Report of the Municipal Commissioner on the plague in Bombay for the year ending 31st May... - Volume 2
Disease focus: Plague
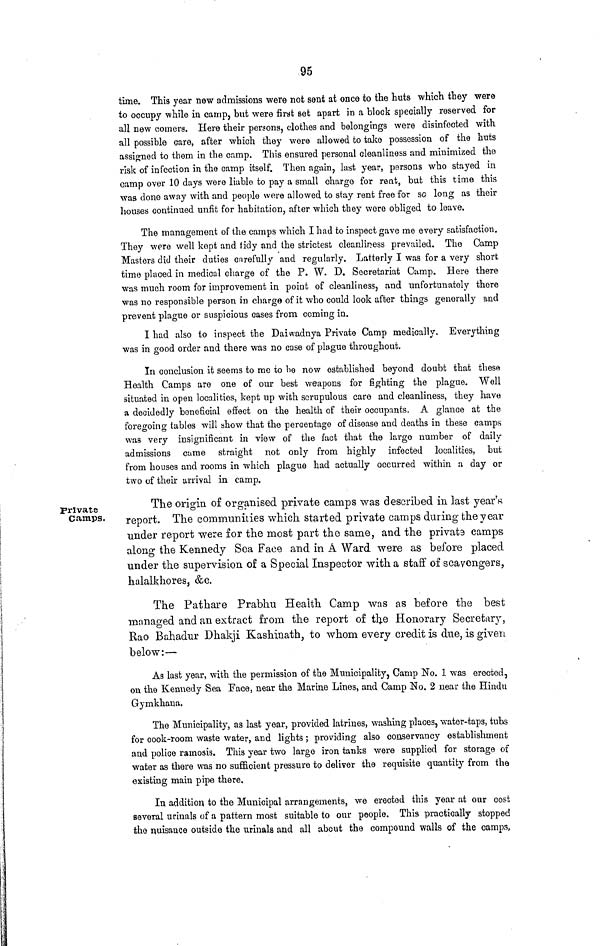
95
time. This year new admissions were not sent at once to the huts which they were
to occupy while in camp, but were first set apart in a block specially reserved for
all new comers. Here their persons, clothes and belongings were disinfected with
all possible care, after which they were allowed to take possession of the huts
assigned to them in the camp, This ensured personal cleanliness and minimized the
risk of infection in the camp itself. Then again, last year, persons who stayed in
camp over 10 days were liable to pay a small charge for rent, but this time this
was done away with and people were allowed to stay rent free for so long as their
houses continued unfit for habitation, after which they were obliged to leave.
The management of the camps which I had to inspect gave me every satisfaction.
They were well kept and tidy and the strictest cleanliness prevailed. The Camp
Masters did their duties carefully and regularly. Latterly I was for a very short
time placed in medical charge of the P. W. D. Secretariat Gump. Here there
was much room for improvement in point of cleanliness, and unfortunately there
was no responsible person in charge of it who could look after things generally and
prevent plague or suspicious cases from coming in.
I had also to inspect the Daiwadnya Private Camp medically. Everything
was in good order and there was no case of plague throughout.
In conclusion it seems to me to be now established beyond doubt that these
Health Camps are one of our best weapons for fighting the plague. Well
situated in open localities, kept up with scrupulous care and cleanliness, they have
a decidedly beneficial effect on the health of their occupants. A glance at the
foregoing tables will show that the percentage of disease and deaths in these camps
was very insignificant in view of the fact that the large number of daily
admissions cume straight not only from highly infected localities, but
from houses and rooms in which plague had actually occurred within a day or
two of their arrival in camp.
Private
Camps
The origin of organised private canips was described in last year'«
report. The communities which started private camps during the y ear
under report were for the most part the same, and the privats camps
along the Kennedy Sea Face and in A Ward were as before placed
under the supervision of a Special Inspector with a staff of scavengers,
halalkhores, &c.
The Pathare Prabhu Health Camp was as before the best
managed and an extract from the report of tfye Honorary Secretary,
Rao Bahadur Dhakji Kashinath, to whom every credit is due, is given
below:—
As last year, with the permission of the Municipality, Camp No. 1 was erected,
on the Kennedy Sea Face, near the Marine Lines, and Camp No. 2 near the Hindu
Gymkhana.
The Municipality, as last year, provided latrines, washing places, water-taps, tubs
for cook-room waste water, and lights; providing also conservancy establishment
and police ramosis. This year two large iron tanks were supplied for storage of
water as there was no sufficient pressure to deliver the requisite quantity from the
existing main pipe there.
In addition to the Municipal arrangements, we erected this year at our cost
several urinals of a pattern most suitable to our people. This practically stopped
the nuisance outside the urinals and all about the compound walls of the camps,